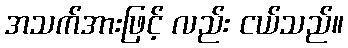
အသက်အားဖြင့် လည်း ငယ်သည်။